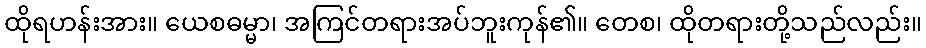
ထိုရဟန်းအား။ ယေစဓမ္မာ၊ အကြင်တရားအပ်ဘူးကုန်၏။ တေစ၊ ထိုတရားတို့သည်လည်း။